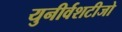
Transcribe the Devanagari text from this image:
युनीर्वशटीजो